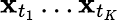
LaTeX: \mathbf{x}_{t_{1}}\ldots\mathbf{x}_{t_{K}}